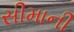
સીમાની